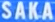
SAKAS